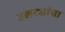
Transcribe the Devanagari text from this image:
उलट्यांचा